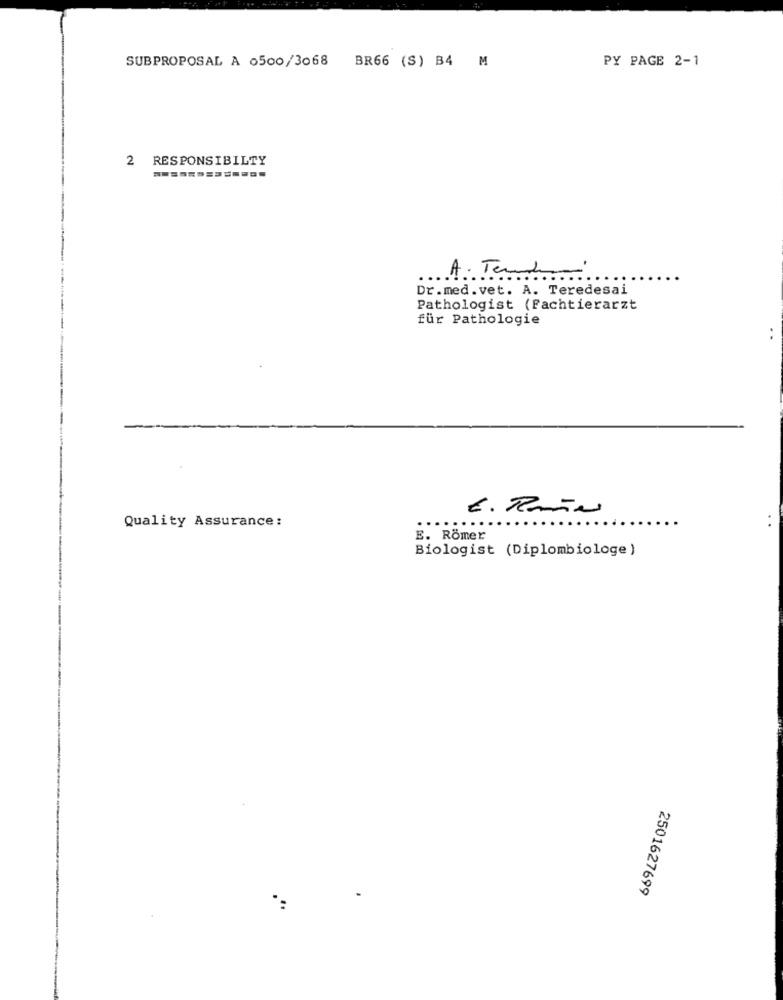
SUBPROPOSAL A 0500/3068
BR66 (S) B4 M
PY PAGE 2-1
RESPONSIBILTY
A. Tem
Dr.med.vet. A. Teredesai
Pathologist (Fachtierarzt
für Pathologie
..
E. Raña
Quality Assurance:
....
E. Römer
Biologist (Diplombiologe )
2501627699